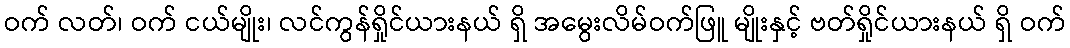
ဝက် လတ်၊ ဝက် ငယ်မျိုး၊ လင်ကွန်ရှိုင်ယားနယ် ရှိ အမွေးလိမ်ဝက်ဖြူ မျိုးနှင့် ဗတ်ရှိုင်ယားနယ် ရှိ ဝက်